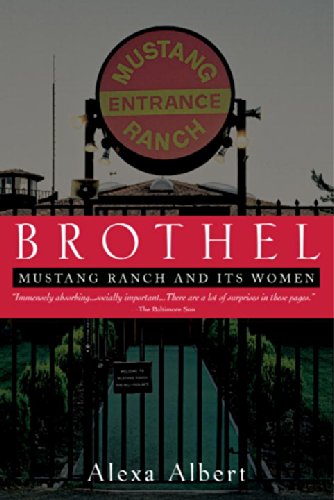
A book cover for Brothel: Mustang Ranch and Its Women; Alexa Albert; Politics & Social Sciences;